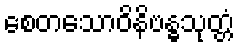
စေတသောဝိနိဗန္ဓသုတ္တံ